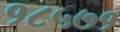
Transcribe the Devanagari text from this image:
१८५७१